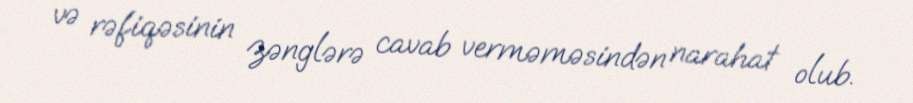
və rəfiqəsinin zənglərə cavab verməməsindən narahat olub.